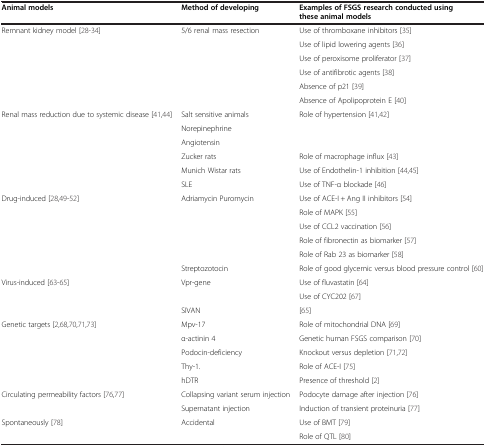
<table><thead><tr><td><b>Animal models</b></td><td><b>Method of developing</b></td><td><b>Examples of FSGS research conducted using these animal models</b></td></tr></thead><tbody><tr><td rowspan="6">Remnant kidney model[28-34]</td><td rowspan="6">5/6 renal mass resection</td><td>Use of thromboxane inhibitors[35]</td></tr><tr><td>Use of lipid lowering agents[36]</td></tr><tr><td>Use of peroxisome proliferator[37]</td></tr><tr><td>Use of antifibrotic agents[38]</td></tr><tr><td>Absence of p21[39]</td></tr><tr><td>Absence of Apolipoprotein E[40]</td></tr><tr><td rowspan="6">Renal mass reduction due to systemic disease[41,44]</td><td>Salt sensitive animals</td><td rowspan="3">Role of hypertension[41,42]</td></tr><tr><td>Norepinephrine</td></tr><tr><td>Angiotensin</td></tr><tr><td>Zucker rats</td><td>Role of macrophage influx[43]</td></tr><tr><td>Munich Wistar rats</td><td>Use of Endothelin-1 inhibition[44,45]</td></tr><tr><td>SLE</td><td>Use of TNF-α blockade[46]</td></tr><tr><td rowspan="6">Drug-induced[28,49-52]</td><td rowspan="5">Adriamycin Puromycin</td><td>Use of ACE-I + Ang II inhibitors[54]</td></tr><tr><td>Role of MAPK[55]</td></tr><tr><td>Use of CCL2 vaccination[56]</td></tr><tr><td>Role of fibronectin as biomarker[57]</td></tr><tr><td>Role of Rab 23 as biomarker[58]</td></tr><tr><td>Streptozotocin</td><td>Role of good glycemic versus blood pressure control[60]</td></tr><tr><td rowspan="3">Virus-induced[63-65]</td><td rowspan="2">Vpr-gene</td><td>Use of fluvastatin[64]</td></tr><tr><td>Use of CYC202[67]</td></tr><tr><td>SIVAN</td><td>[65]</td></tr><tr><td rowspan="5">Genetic targets[2,68,70,71,73]</td><td>Mpv-17</td><td>Role of mitochondrial DNA[69]</td></tr><tr><td>α-actinin 4</td><td>Genetic human FSGS comparison[70]</td></tr><tr><td>Podocin-deficiency</td><td>Knockout versus depletion[71,72]</td></tr><tr><td>Thy-1.</td><td>Role of ACE-I[75]</td></tr><tr><td>hDTR</td><td>Presence of threshold[2]</td></tr><tr><td rowspan="2">Circulating permeability factors[76,77]</td><td>Collapsing variant serum injection</td><td>Podocyte damage after injection[76]</td></tr><tr><td>Supernatant injection</td><td>Induction of transient proteinuria[77]</td></tr><tr><td>Spontaneously[78]</td><td>Accidental</td><td>Use of BMT[79]</td></tr><tr><td> </td><td> </td><td>Role of QTL[80]</td></tr></tbody></table>